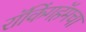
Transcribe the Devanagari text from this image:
रॉकिंगहॅमचा